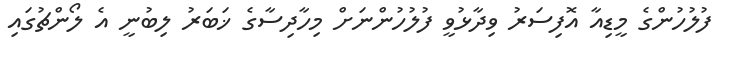
ފުލުހުންގެ މީޑިއާ އޮފިސަރު ވިދާޅުވީ ފުލުހުންނަށް މިހާދިސާގެ ޚަބަރު ލިބުނީ އެ ލޯންޗުގައި